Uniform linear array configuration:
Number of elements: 12
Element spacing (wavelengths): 0.5
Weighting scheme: blackman
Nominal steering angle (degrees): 45
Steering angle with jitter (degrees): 46.638
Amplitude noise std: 0.05
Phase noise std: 0.05

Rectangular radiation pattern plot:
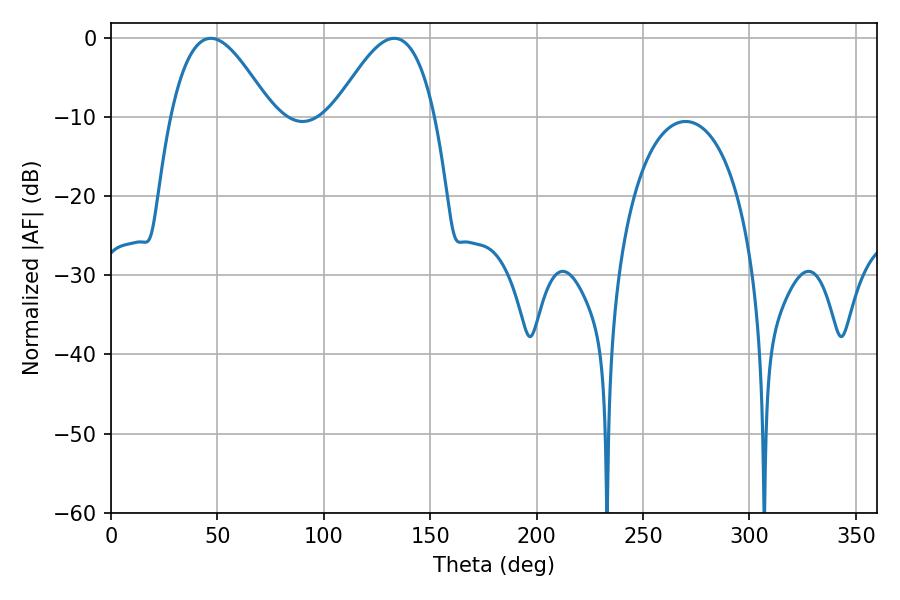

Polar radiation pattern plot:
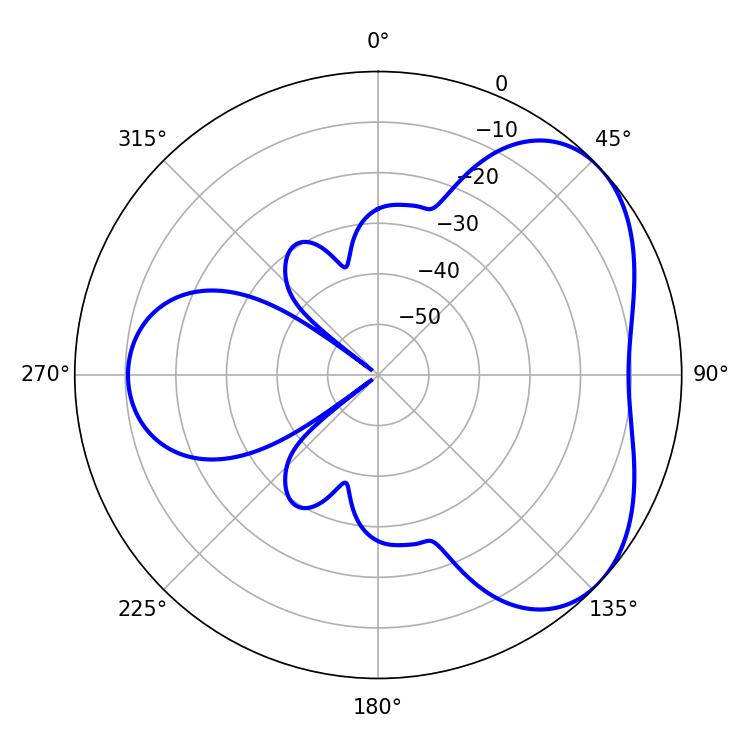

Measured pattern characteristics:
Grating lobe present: FALSE
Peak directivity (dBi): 4.415
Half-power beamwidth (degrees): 25.56
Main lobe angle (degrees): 46.98